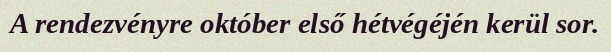
A rendezvényre október első hétvégéjén kerül sor.